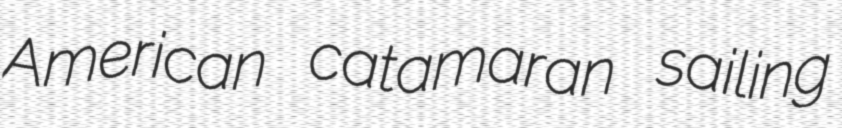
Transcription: American catamaran sailing